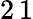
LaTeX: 2\, 1